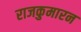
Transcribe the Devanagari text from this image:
राजकुमारन